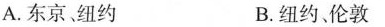
A.东京、纽约 B.纽约、伦敦